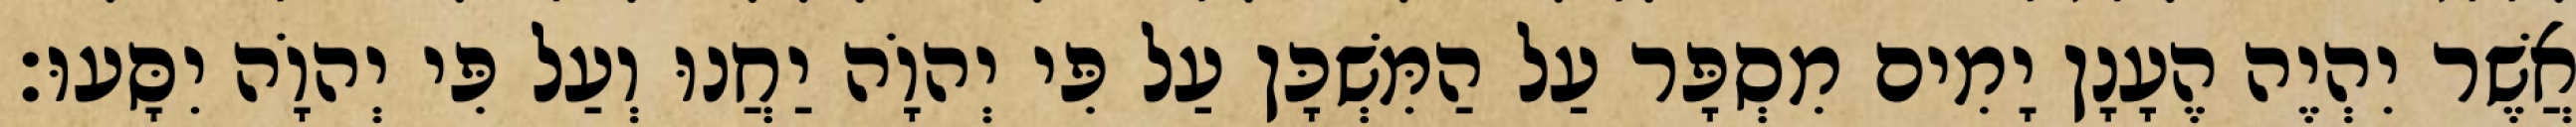
אֲשֶׁר יִהְיֶה הֶעָנָן יָמִים מִסְפָּר עַל הַמִּשְׁכָּן עַל פִּי יְהוָֹה יַחֲנוּ וְעַל פִּי יְהוָֹה יִסָּעוּ׃